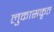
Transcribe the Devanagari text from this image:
लुकासकृत